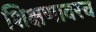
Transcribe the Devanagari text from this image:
शिक्षणावरच